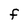
Character: F